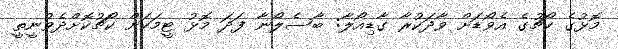
މޮޅުގެ ކޯޗުގެ އެވޯޑަށް ވާދަކުރާ ގާޑިއޯލާ: ބާސެލޯނާ ފަދަ މޮޅު ޓީމަކަށް ކޯޗުކޮށްދެވުނީތީ